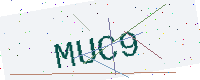
Text: MUC9